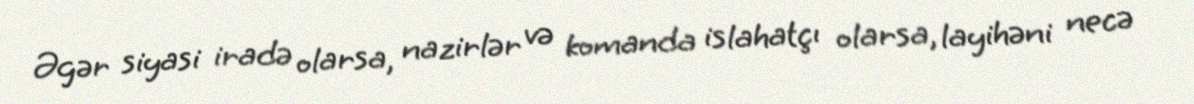
Əgər siyasi iradə olarsa, nazirlər və komanda islahatçı olarsa, layihəni necə